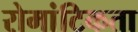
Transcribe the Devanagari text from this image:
रोमांटिकता